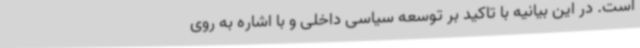
است. در این بیانیه با تاکید بر توسعه سیاسی داخلی و با اشاره به روی